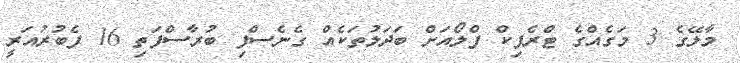
މާލޭގެ 3 މަގެއްގެ ޓްރެފިކް ފްލޯއަށް ބަދަލުތަކެއް ގެނެސްފި ބުރާސްފަތި 16 ފެބުރުއަރީ